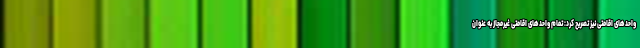
واحدهای اقامتی نیز تصریح کرد: تمام واحدهای اقامتی غیرمجاز به عنوان